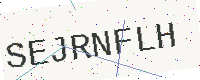
Text: SEJRNFLH